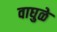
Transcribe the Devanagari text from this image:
वाघुळे